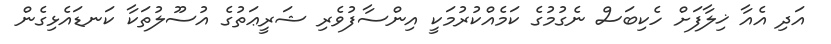
އަދި އެއާ ޚިލާފަށް ހެކިބަސް ނެގުމުގެ ކަމެއްކުރުމަކީ އިންސާފުވެރި ޝަރީޢަތުގެ އުސޫލުތަކާ ކަނޑައެޅިގެން